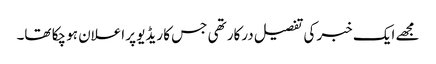
مجھے ایک خبر کی تفصیل درکار تھی جس کا ریڈیو پر اعلان ہو چکا تھا۔